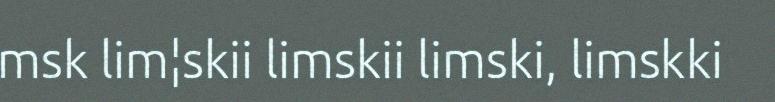
msk lim¦skii limskii limski, limskki